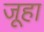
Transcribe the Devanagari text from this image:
जूहा